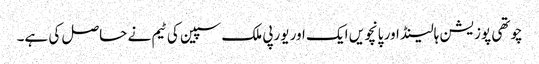
چوتھی پوزیشن ہالینڈ اور پانچویں ایک اور یورپی ملک سپین کی ٹیم نے حاصل کی ہے۔